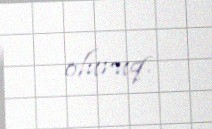
oluruq.